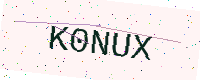
Text: K0NUX